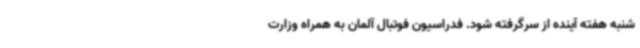
شنبه هفته آینده از سرگرفته شود. فدراسیون فوتبال آلمان به همراه وزارت